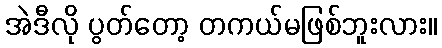
အဲဒီလို ပွတ်တော့ တကယ်မဖြစ်ဘူးလား။